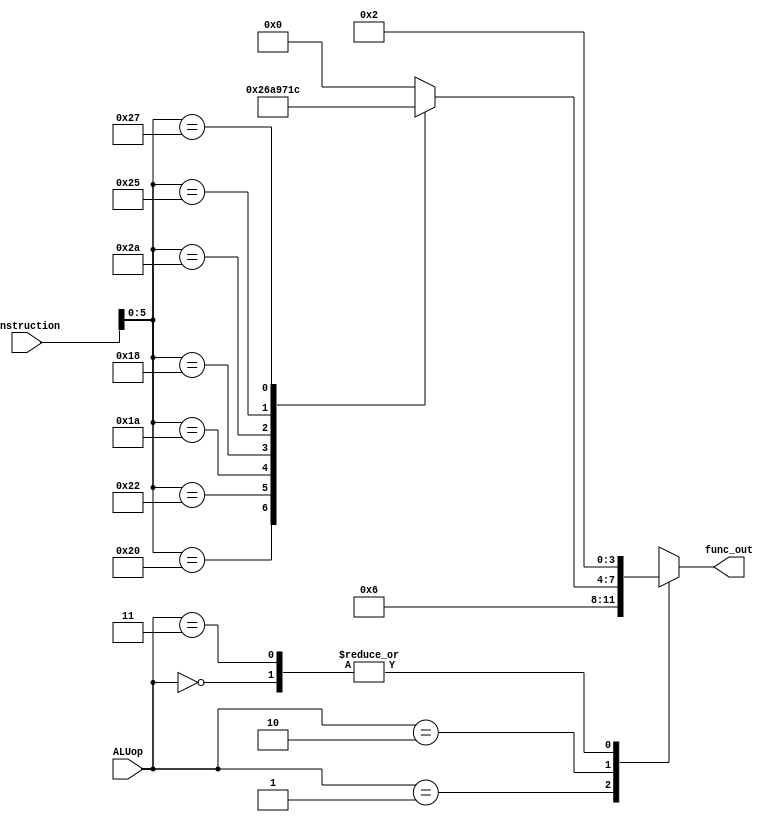
`timescale 1ns / 1ps
//////////////////////////////////////////////////////////////////////////////////
// Company: 
// Engineer: 
// 
// Design Name: 
// Module Name:    ALUcontrol32 
// Project Name: 
// Target Devices: 
// Tool versions: 
// Description: 
//
// Dependencies: 
//
// Revision: 
// Revision 0.01 - File Created
// Additional Comments: 
//
//////////////////////////////////////////////////////////////////////////////////
module ALUcontrol32(
   input [31:0] instruction,
   input [1:0] ALUop,
   output [3:0] func_out
   );
	reg [3:0] func;
	always @(*) begin
		case(ALUop)
		2'b00 : begin	//if LW or SW ALU Opcode
			func = 4'b0010;
		end
		2'b01 : begin	//if BEQ, BNE ALU Opcode
			func = 4'b0110;
		end
		2'b10 : begin	//if R type ALU Opcode
			case(instruction[5:0])	//get function from instruction
			6'b100000 : begin	//if ADD function 
				func = 4'b0010;
			end
			6'b100010 : begin	//if SUB function 
				func = 4'b0110;
			end
			6'b011010 : begin	//if DIV function 
				func = 4'b1010;
			end
			6'b011000 : begin	//if MUL function 
				func = 4'b1001;
			end
			6'b101010 : begin	//if SLT function 
				func = 4'b0111;
			end
			6'b100100 : begin	//if AND function 
				func = 4'b0000;
			end
			6'b100101 : begin	//if OR function 
				func = 4'b0001;
			end
			6'b100111 : begin	//if NOR function 
				func = 4'b1100;
			end
			default : begin
				func = 4'b0000;
			end
			endcase
		end
		2'b11 : begin	//if ADDI ALU Opcode
			func = 4'b0010;
		end
		endcase
	end
	assign func_out = func;
endmodule